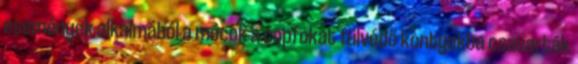
események alkalmából a mócok a copfokat fülvédő kontyokba csavarták